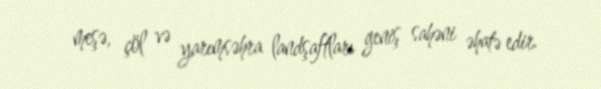
meşə, çöl və yarımsəhra landşaftları geniş sahəni əhatə edir.